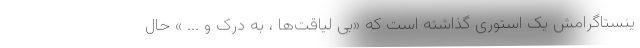
ینستاگرامش یک استوری گذاشته است که «بی لیاقت‌ها ، به درک و ... » حال